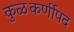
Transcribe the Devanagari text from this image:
कुळकर्णीपद